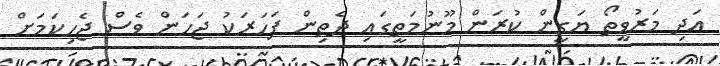
އަދި މަރުވީތޯ ޔަގީން ކުރަން މޫނުމަތީގައި ދެތިން ފަހަރަކު ޖަހަން ވެސް ޖެހިކަމަށް